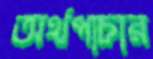
অর্থপাচার